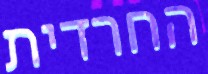
החרדית